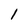
Character: 1